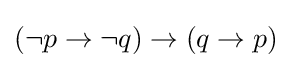
(\neg p\to \neg q)\to (q\to p)